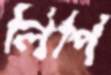
লিপি